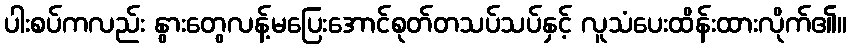
ပါးစပ်ကလည်း နွားတွေလန့်မပြေးအောင်စုတ်တသပ်သပ်နှင့် လူသံပေးထိန်းထားလိုက်၏။